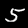
Digit: 5